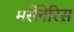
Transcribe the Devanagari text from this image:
मर्सेनेरिस़